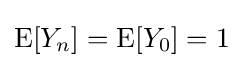
\operatorname {E} [Y_{n}]=\operatorname {E} [Y_{0}]=1